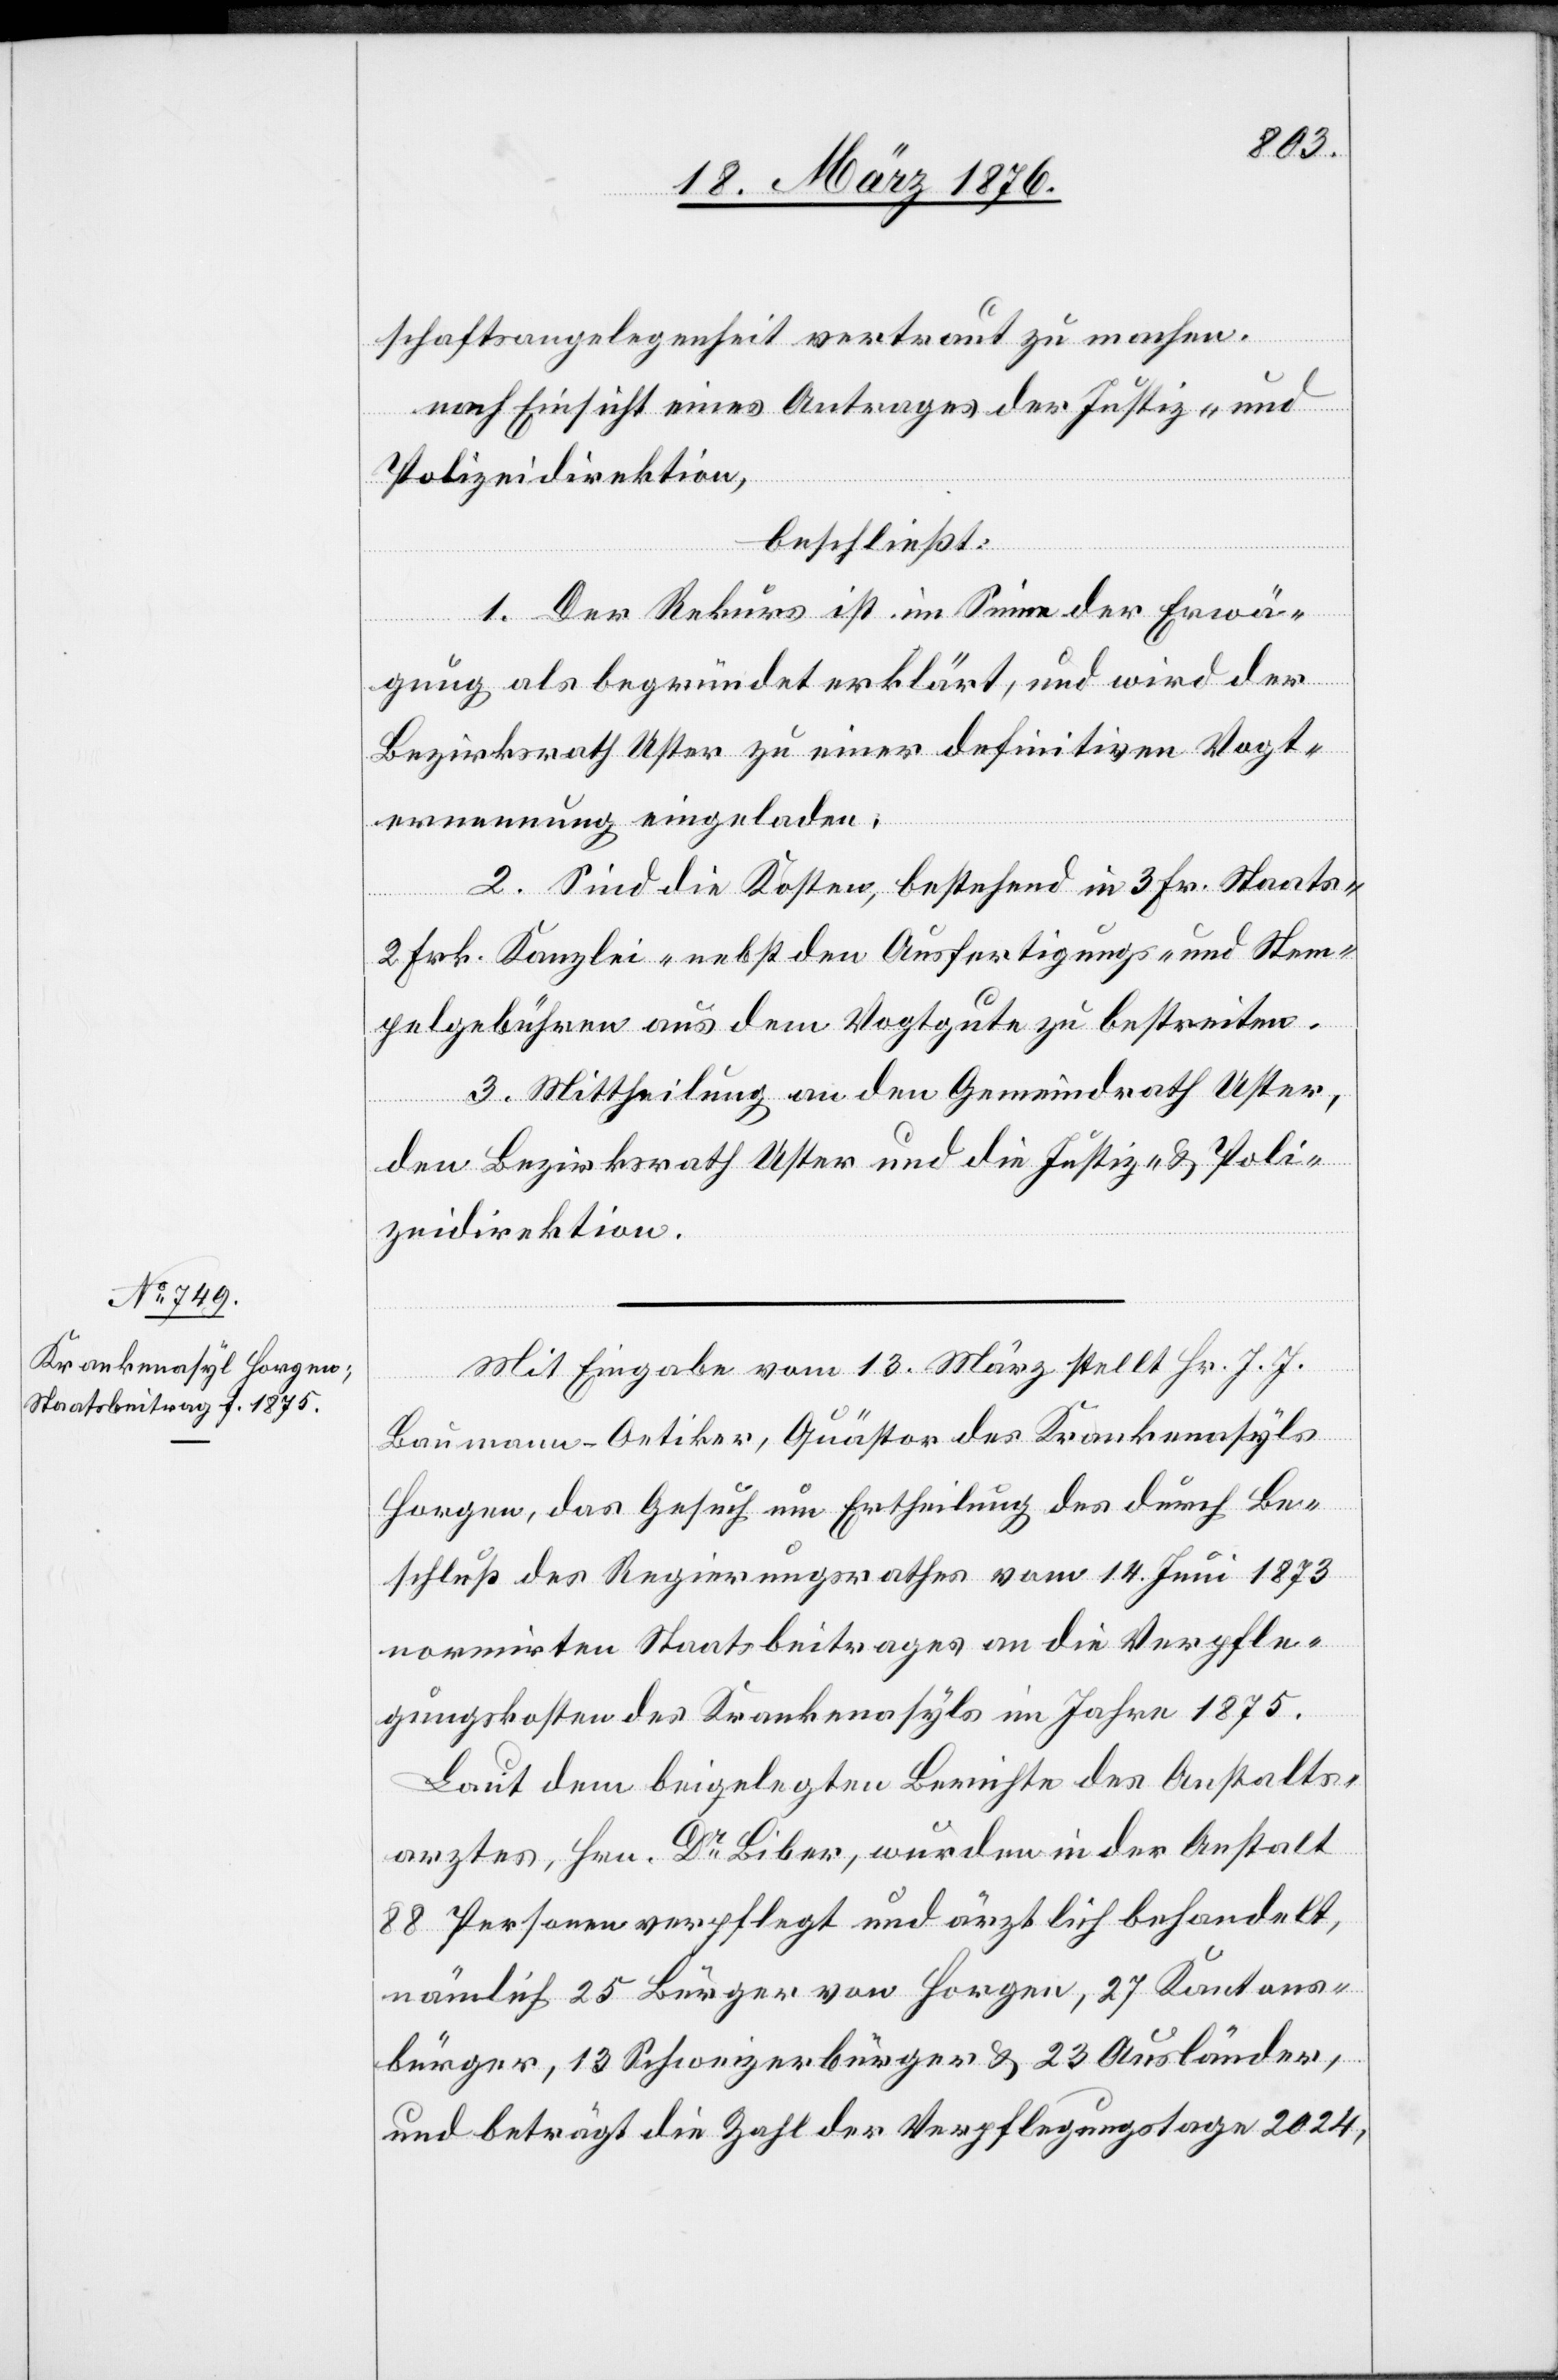
schaftsangelegenheit vertraut zu machen.
nach Einsicht eines Antrages der Justiz- und
Polizeidirektion.
beschließt:
1. Der Rekurs ist im Sinne der Erwä¬
die
ung als begründet erklärt, und wird der
Bezirksrath Uster zu einer definitiven Vogt¬
ernennung einladen.
2. Sind die Kosten, bestehend in 3 Fr. Staats-
2 Frk. Kanzlei- nebst den Ausfertigungs- und Stem¬
pelgebühren aus dem Vogtgute zu bestreiten.
Mit Eingabe vom 13. März stellt Hr. J. J.
Baumann-Oetiker, Quästor des Krankenasyls
Horgen, das Gesuch um Ertheilung des durch Be¬
schluß des Regierungsrathes vom 14. Juni 1873
normirten Staatsbeitrages an die Verpfle¬
gungskosten des Krankenasyls im Jahre 1875.
Laut dem beigelegten Berichte des Anstalts¬
arztes, Hrn. Dr Biber, wurden in der Anstalt
88 Personen verpflegt und ärztlich behandelt,
nämlich 25 Bürger von Horgen, 27 Kantons¬
bürger, 13 Schweizerbürger & 23 Ausländer,
und beträgt die Zahl der Verpflegungstage 2024,